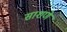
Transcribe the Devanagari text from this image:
साशणे